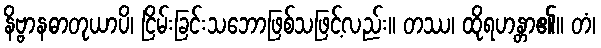
နိဗ္ဗာနဓာတုယာပိ၊ ငြိမ်းခြင်းသဘောဖြစ်သဖြင့်လည်း။ တဿ၊ ထိုရဟန္တာ၏။ တံ၊